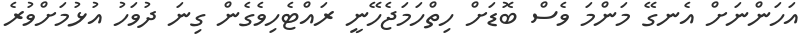
އަހަންނަށް އެނގޭ މަންމަ ވެސް ބޮޑަށް ހިތްހަމަޖެހޭނީ ރައްޓެހިވެގެން ގިނަ ދުވަހު އުޅުމަށްވުރެ